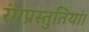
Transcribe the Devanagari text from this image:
रंगप्रस्तुतियां।